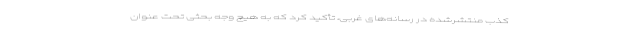
کذب منتشرشده در رسانه‌های غربی، تأکید کرد که به هیچ وجه بحثی تحت عنوان